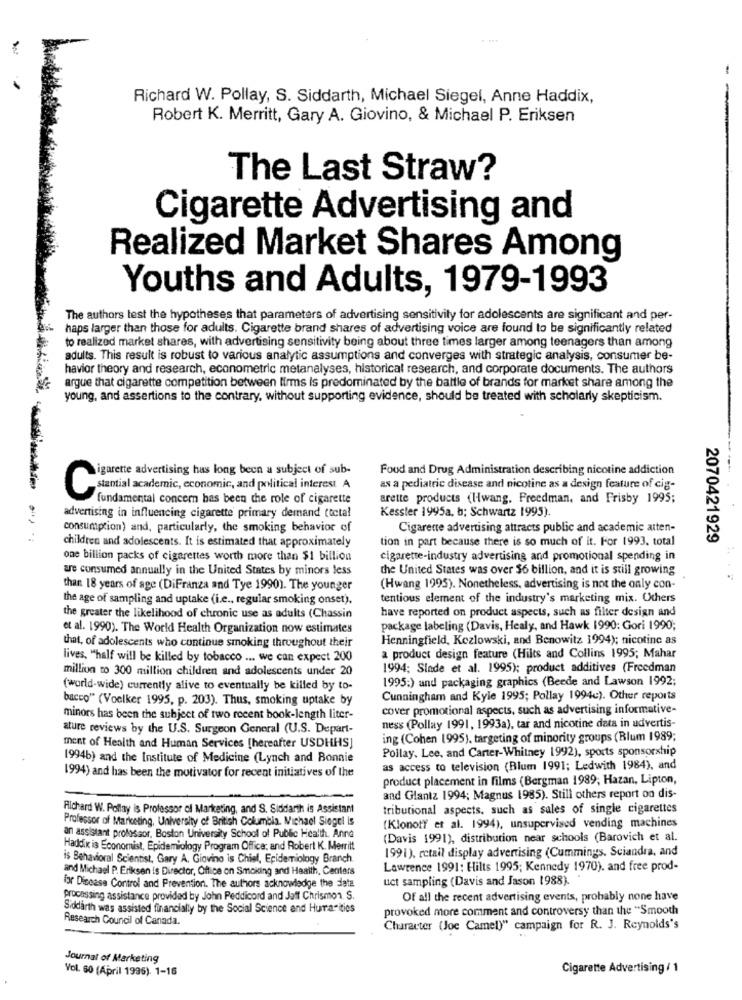
Richard W. Pollay, S. Siddarth, Michael Siegel, Anne Haddix,
Robert K. Merritt, Gary A. Giovino, & Michael P. Eriksen
The Last Straw?
Cigarette Advertising and
Realized Market Shares Among
Youths and Adults, 1979-1993
The authors test the hypotheses that parameters of advertising sensitivity for adolescents are significant and per-
haps larger than those for adults. Cigarette brand shares of advertising voice are found to be significantly related
to realized market shares, with advertising sensitivity being about three times larger among teenagers than among
adults. This result is robust to various analytic assumptions and converges with strategic analysis, consumer be-
havior theory and research, econometric metanalyses, historical research, and corporate documents. The authors
argue that cigarette competition between firms Is predominated by the battle of brands for market share among the
young, and assertions to the contrary, without supporting evidence, should be treated with scholarly skepticism.
Food and Drug Administration describing nicotine addiction
igarette advertising has long been a subject of sub-
as a pediatric disease and nicotine as a design feature of cig-
stantial academic, economic, and political interest
fundamental concern has been the role of cigarette
arette products (Hwang. Freedman, and Frisby 1995;
Kessler 1995a, b; Schwartz 1995).
advertising in influencing cigarette primary demand (total
consumption) and, particularly, the smoking behavior of
Cigarette advertising attracts public and academic atten-
tion in part because there is so much of it. For 1993. total
2070421929
children and adolescents. It is estimated that approximately
one billion packs of cigarettes worth more than $1 billion
cigarette-industry advertising and promotional spending in
are consumed annually in the United States by minors less
the United States was over $6 billion, and it is still growing
than 18 years of age (DiFranza and Tye 1990). The younger
(Hwang 1995). Nonetheless, advertising is not the only con-
the age of sampling and uptake (i.e ., regular smoking onset).
tentious element of the industry's marketing mix. Others
have reported on product aspects, such as filter design and
the greater the likelihood of chronic use as adults (Chassin
et al. 1990). The World Health Organization now estimates
package labeling (Davis, Healy, and Hawk 1990: Gori 1990;
Henningfield, Kozlowski, and Benowitz 1994); nicotine as
that, of adolescents who continue smoking throughout their
lives, "half will be killed by tobacco ... we can expect 200
a product design feature (Hilts and Collins 1995; Mahar
million to 300 million children and adolescents under 20
1994; Slade et al. 1995); product additives (Freedman
1995:) and packaging graphics (Beede and Lawson 1992;
(world-wide) currently alive to eventually be killed by to-
bacco" (Voelker 1995, p. 203). Thus, smoking uptake by
Cunningham and Kyle 1995; Pollay 1994c). Other reports
cover promotional aspects, such as advertising informative-
minors has been the subject of two recent book-length liter-
ature reviews by the U.S. Surgeon General (U.S. Depart-
ness (Pollay 1991, 1993a), tar and nicotine data in advertis-
ing (Cohen 1995), targeting of minority groups (Blum 1989;
ment of Health and Human Services [hereafter USDHHS]
Pollay. Lee, and Carter-Whitney 1992), sports sponsorship
1994b) and the Institute of Medicine (Lynch and Bonnie
as access to television (Blum 1991; Ledwith 1984), and
1994) and has been the motivator for recent initiatives of the
product placement in films (Bergman 1989; Hazan, Lipton,
and Glantz 1994; Magnus 1985). Still others report on dis-
Richard W. Pollay is Professor of Marketing, and S. Siddarth is Assistant
tributional aspects, such as sales of single cigarettes
Professor of Marketing, University of British Columbia. Michael Siegel is
(Klonot? et al. 1994), unsupervised vending machines
an assistant professor, Boston University School of Public Health. Anna
(Davis 1991), distribution near schools (Barovich et al.
Haddix is Economist, Epidemiology Program Office: and Robert K. Merritt
1991), retail display advertising (Cummings. Sciandra, and
is Behavioral Scientist, Gary A. Giovino is Chiel, Epidemiology Branch.
and Michael P. Eriksen is Director, Office on Smoking and Health, Centers
Lawrence 1991: Hilts 1995; Kennedy 1970). and free prod-
uct sampling (Davis and Jason 1988).
for Disease Control and Prevention. The authors acknowledge the data
processing assistance provided by John Peddicord and Jaff Chrismon. S.
Of all the recent advertising events, probably none have
Siddarth was assisted financially by the Social Science and Hurrarities
provoked more comment and controversy than the "Smooth
Research Council of Canada.
Character (Joe Camel)" campaign for R. J. Reynolds's
Journal of Marketing
Vol. 60 (April 1995). 1-16
Cigarette Advertising / 1